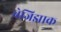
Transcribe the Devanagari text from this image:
बेजिझाक